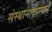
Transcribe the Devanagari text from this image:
संस्थानांदरम्यान